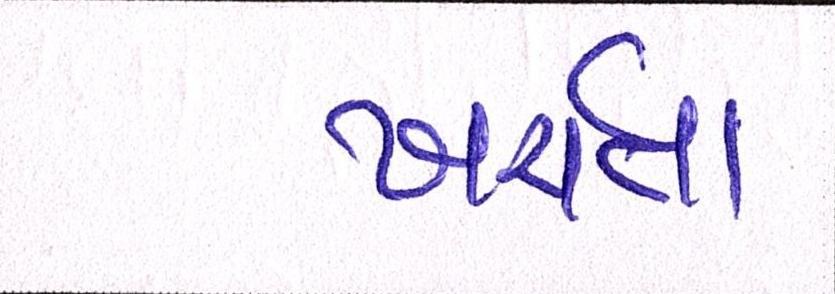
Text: ખર્ચતા